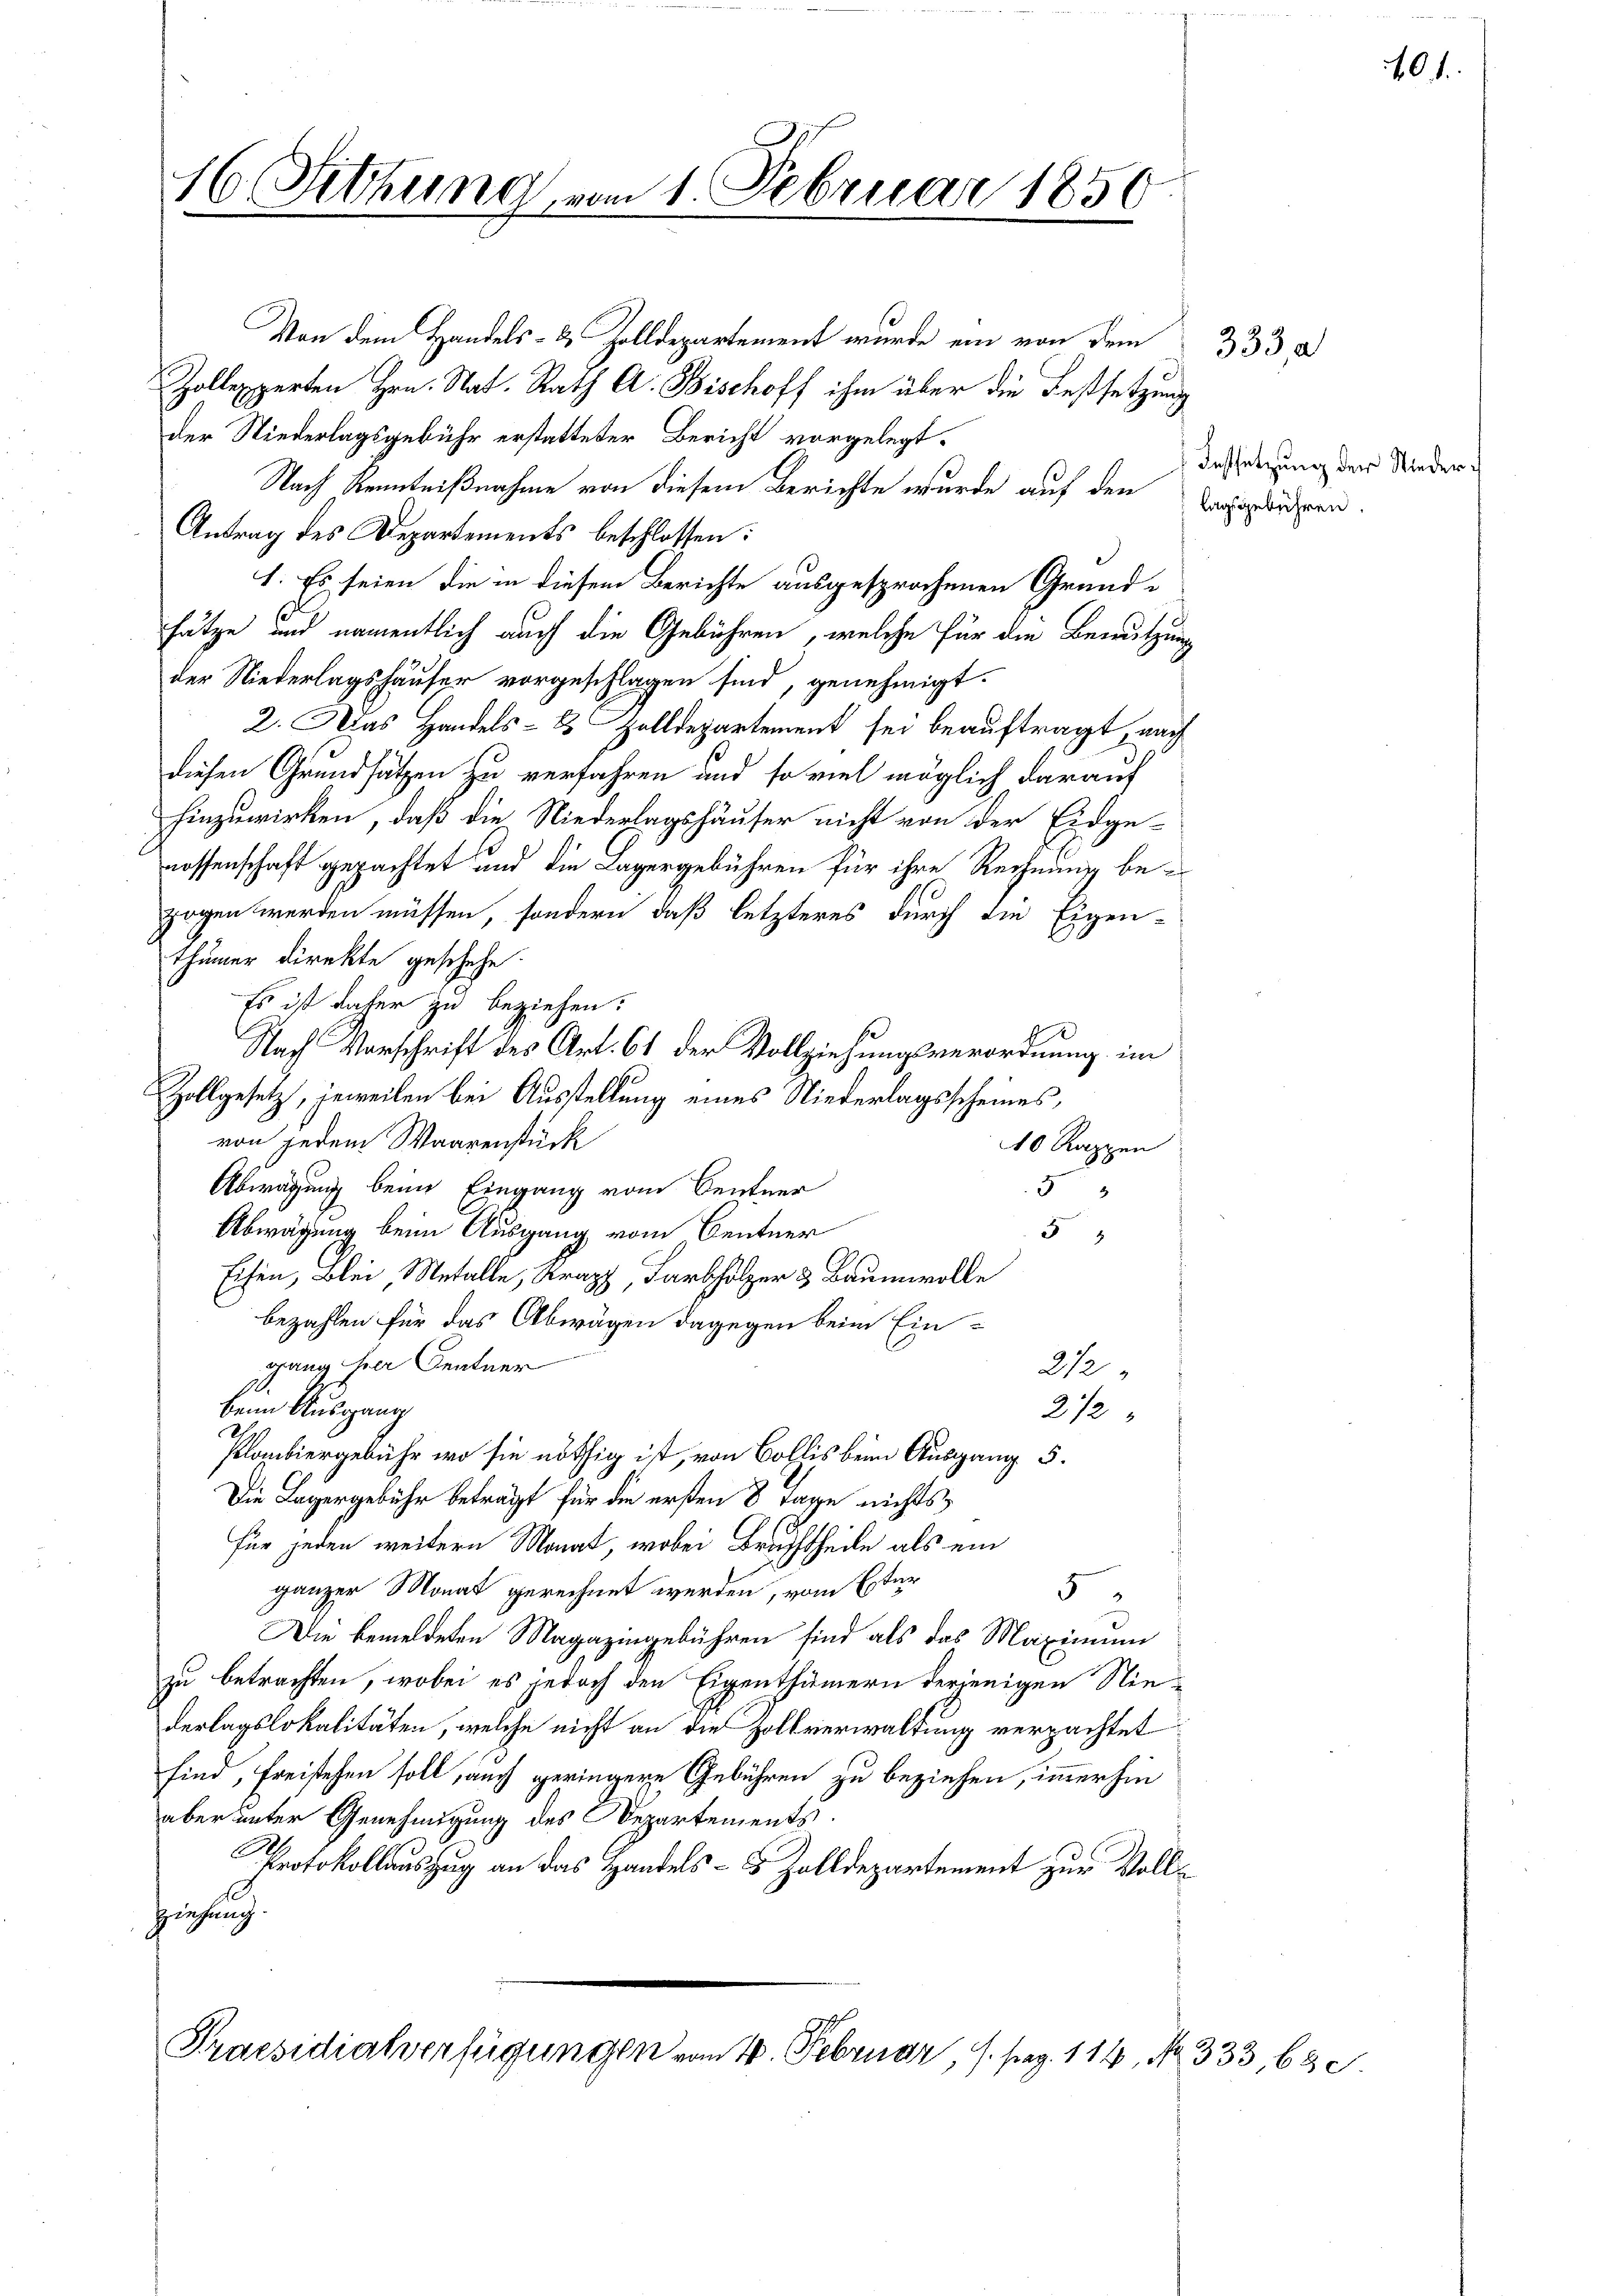
Von dem Handels- & Zolldepartement wurde ein von dem
Zollexperten Hrn. Nat. Rath A. Bischoff ihm über die Festsetzung
der Niederlagsgebühr erstatteter Bericht vorgelegt.
Nach Kenntnißnahme von diesem Berichte wurde auf den Zeugendern.
Antrag des Departements beschlossen:
1. Es seien die in diesem Berichte ausgesprochenen Grundsätze und namentlich auch die Gebühren, welche für die Benutzung
der Niederlagshäuser vorgeschlagen sind, genehmigt.
2. Das Handels- & Zolldepartement sei beauftragt, nach
diesen Grundsätzen zu verfahren und so viel möglich darauf
hinzuwirken, daß die Niederlagshäuser nicht von der Eidgenossenschaft gepachtet und die Lagergebühren für ihre Rechnung be-
zogen werden müssen, sondern, daß letzteres durch die Eigen-
thümer direkte geschehe.
Es ist daher zu beziehen.
Nach Vorschrift des Art. 61 der Vollziehungsverordnung im
Zollgesetz, jeweilen bei Ausstellung eines Niederlagsscheines,
von jedem Waarenstück
10 Rappen
Abwägung beim Eingang vom Centner
5
Abwägung beim Ausgang vom Centner
5
Eisen, Blei Metall, Straf, Farbholzer & Baumwolle
bezahlen für das Abwägen dagegen beim Ein-
gang her Centner
212
beim Ausgang
212
Planbiergebühr, wo sie nöthig ist, von Bollis beim Ausgang 5.
Die Lagergebühr beträgt für die ersten 8 Tage nichtsfür jeden weitern Monat, wobei Bruchtheile als ein
ganzer Monat gerechnet werden, vom Ester
5
Die bemeldeten Magazingebühren sind als das Maximum
zu betrachten, wobei es jedoch den Eigenthümern derjenigen Niederlagslokalitäten, welche nicht an die Zollverwaltung verpachtet
sind, freistehen soll, auch geringere Gebühren zu beziehen, immerhin
aber unter Genehmigung des Departements.
Protokollauszug an das Handels- 8 Zolldepartement zur Voll¬
Ziehung

16. Sitzung vom 1. Februar 1856

Praesidialverfügungen vom 10. Februar, 1. pag. 114, No 333, 630

Festsetzung der Nieder¬

333, a

401.